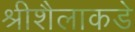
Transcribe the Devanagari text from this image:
श्रीशैलाकडे